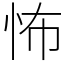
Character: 怖